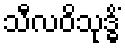
သီလဝိသုဒ္ဓိံ